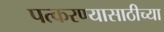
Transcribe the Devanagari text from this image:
पत्करण्यासाठीच्या